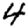
Digit: 4